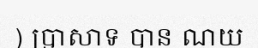
) ប្រាសាទ បាន ណយ